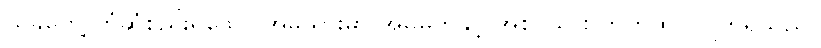
ယခုတွေ့ကြုံဆုံစည်းရသော အမှုသွားမှာ အိမ်မက်နှင့် အစင်သား တိုက်ဆိုင်လျက်ရှိသည်။